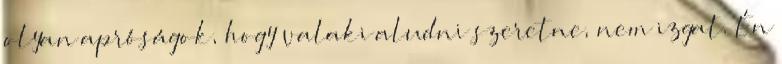
olyan apróságok, hogy valaki aludni szeretne, nem izgat. Én